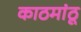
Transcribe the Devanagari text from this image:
काठमांठू